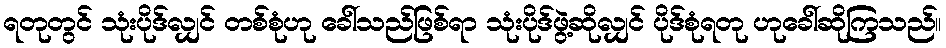
ရတုတွင် သုံးပိုဒ်လျှင် တစ်စုံဟု ခေါ်သည်ဖြစ်ရာ သုံးပိုဒ်ဖွဲ့ဆိုလျှင် ပိုဒ်စုံရတု ဟုခေါ်ဆိုကြသည်။